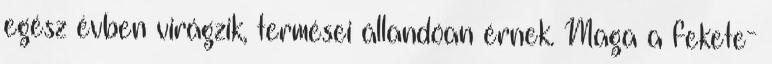
egész évben virágzik, termései állandóan érnek. Maga a fekete-